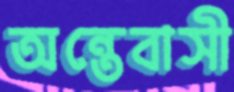
অন্তেবাসী